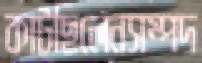
কাটছিলেনসম্পদ